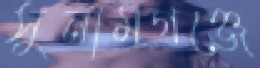
সুনামগঞ্জে